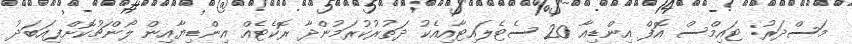
މަސްދަރު: ޓައިމްސް އޮފް އިންޑިއާ 20 ސެޓެލައިޓާއިއެކު ދަތުރުކުރަމުންދާ ރޮކެޓެއް އިންޑިޔާއިން ލޯންޗުކޮށްފިއަބަދު